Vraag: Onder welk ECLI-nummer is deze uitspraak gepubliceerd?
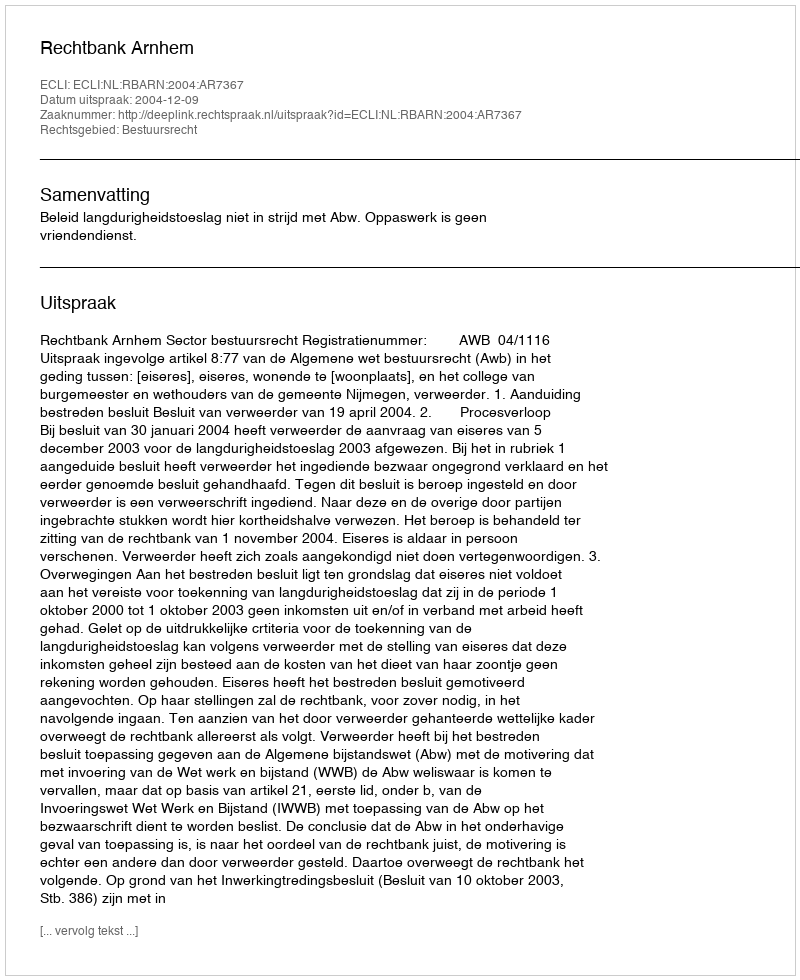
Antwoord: ECLI:NL:RBARN:2004:AR7367